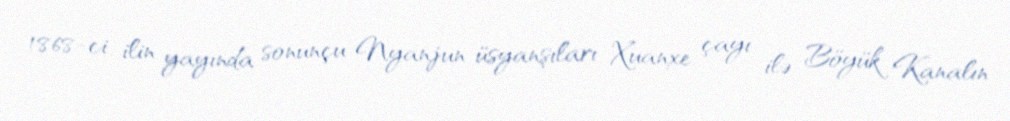
1868-ci ilin yayında sonunçu Nyanjun üsyanşıları Xuanxe çayı ilə Böyük Kanalın